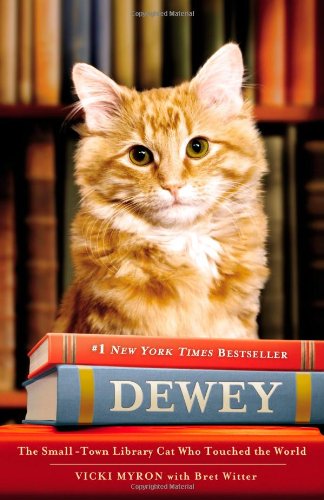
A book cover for Dewey the Library Cat: A True Story; Vicki Myron; Children's Books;